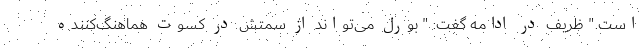
است." ظریف در ادامه گفت: " بورل می‌تواند از سمتش در کسوت هماهنگ‌کننده